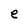
Character: e